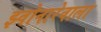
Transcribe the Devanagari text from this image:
झ्वोनारेवाला